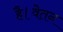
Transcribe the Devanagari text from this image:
है।वेतन